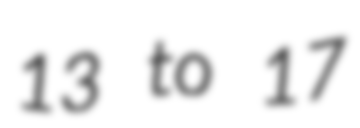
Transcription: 13 to 17